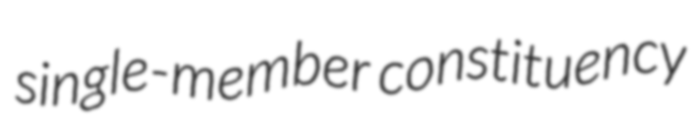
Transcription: single-member constituency